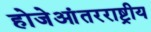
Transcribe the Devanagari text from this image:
होजेआंतरराष्ट्रीय